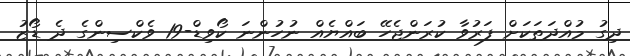
ދިގު މުއްދަތަކަށް ފަރުވާ ކުރަންޖެހޭ ބައްޔެއް ނުހުންނަ ކޯވިޑް-19 ވެކްސިންގެ ދެ ޑޯޒު